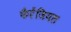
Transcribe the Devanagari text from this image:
फैरेंजियल